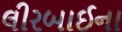
લીરબાઈના